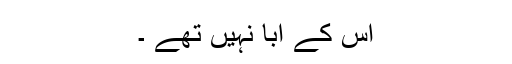
اس کے ابّا نہیں تھے ۔